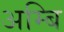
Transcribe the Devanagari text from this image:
अम्बि